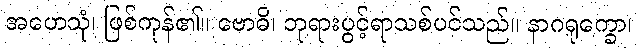
အဟေသုံ၊ ဖြစ်ကုန်၏။ ဗောဓိ၊ ဘုရားပွင့်ရာသစ်ပင်သည်။ နာဂရုက္ခော၊